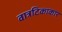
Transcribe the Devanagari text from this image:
वात्रटिकाकार